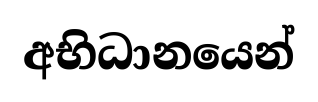
අභිධානයෙන්